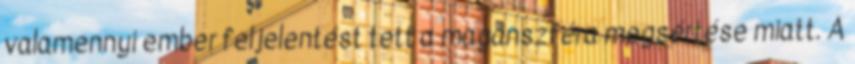
valamennyi ember feljelentést tett a magánszféra megsértése miatt. A